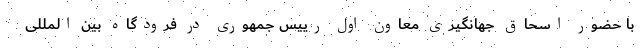
با حضور اسحاق جهانگیری معاون اول رییس جمهوری در فرودگاه بین المللی